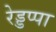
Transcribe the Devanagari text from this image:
रेड्डप्पा